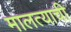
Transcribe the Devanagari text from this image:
मालत्याची